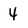
Character: 4